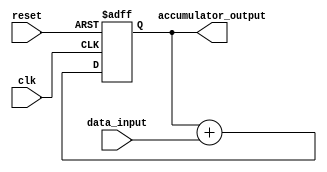
module accumulator(
    input clk,
    input reset,
    input [7:0] data_input,
    output reg [15:0] accumulator_output
);

reg [15:0] accumulator_reg = 16'h0000;

always @(posedge clk or posedge reset) begin
    if (reset) begin
        accumulator_reg <= 16'h0000;
    end else begin
        accumulator_reg <= accumulator_reg + data_input;
    end
end

assign accumulator_output = accumulator_reg;

endmodule